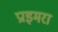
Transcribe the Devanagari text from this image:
प्राइमरा